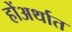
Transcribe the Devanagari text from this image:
होंअर्थात